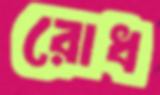
রোধ